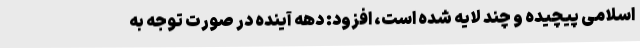
اسلامی پیچیده و چند لایه شده است، افزود: دهه آینده در صورت توجه به